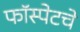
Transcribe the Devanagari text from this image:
फॉस्पेटचे